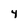
Character: 4